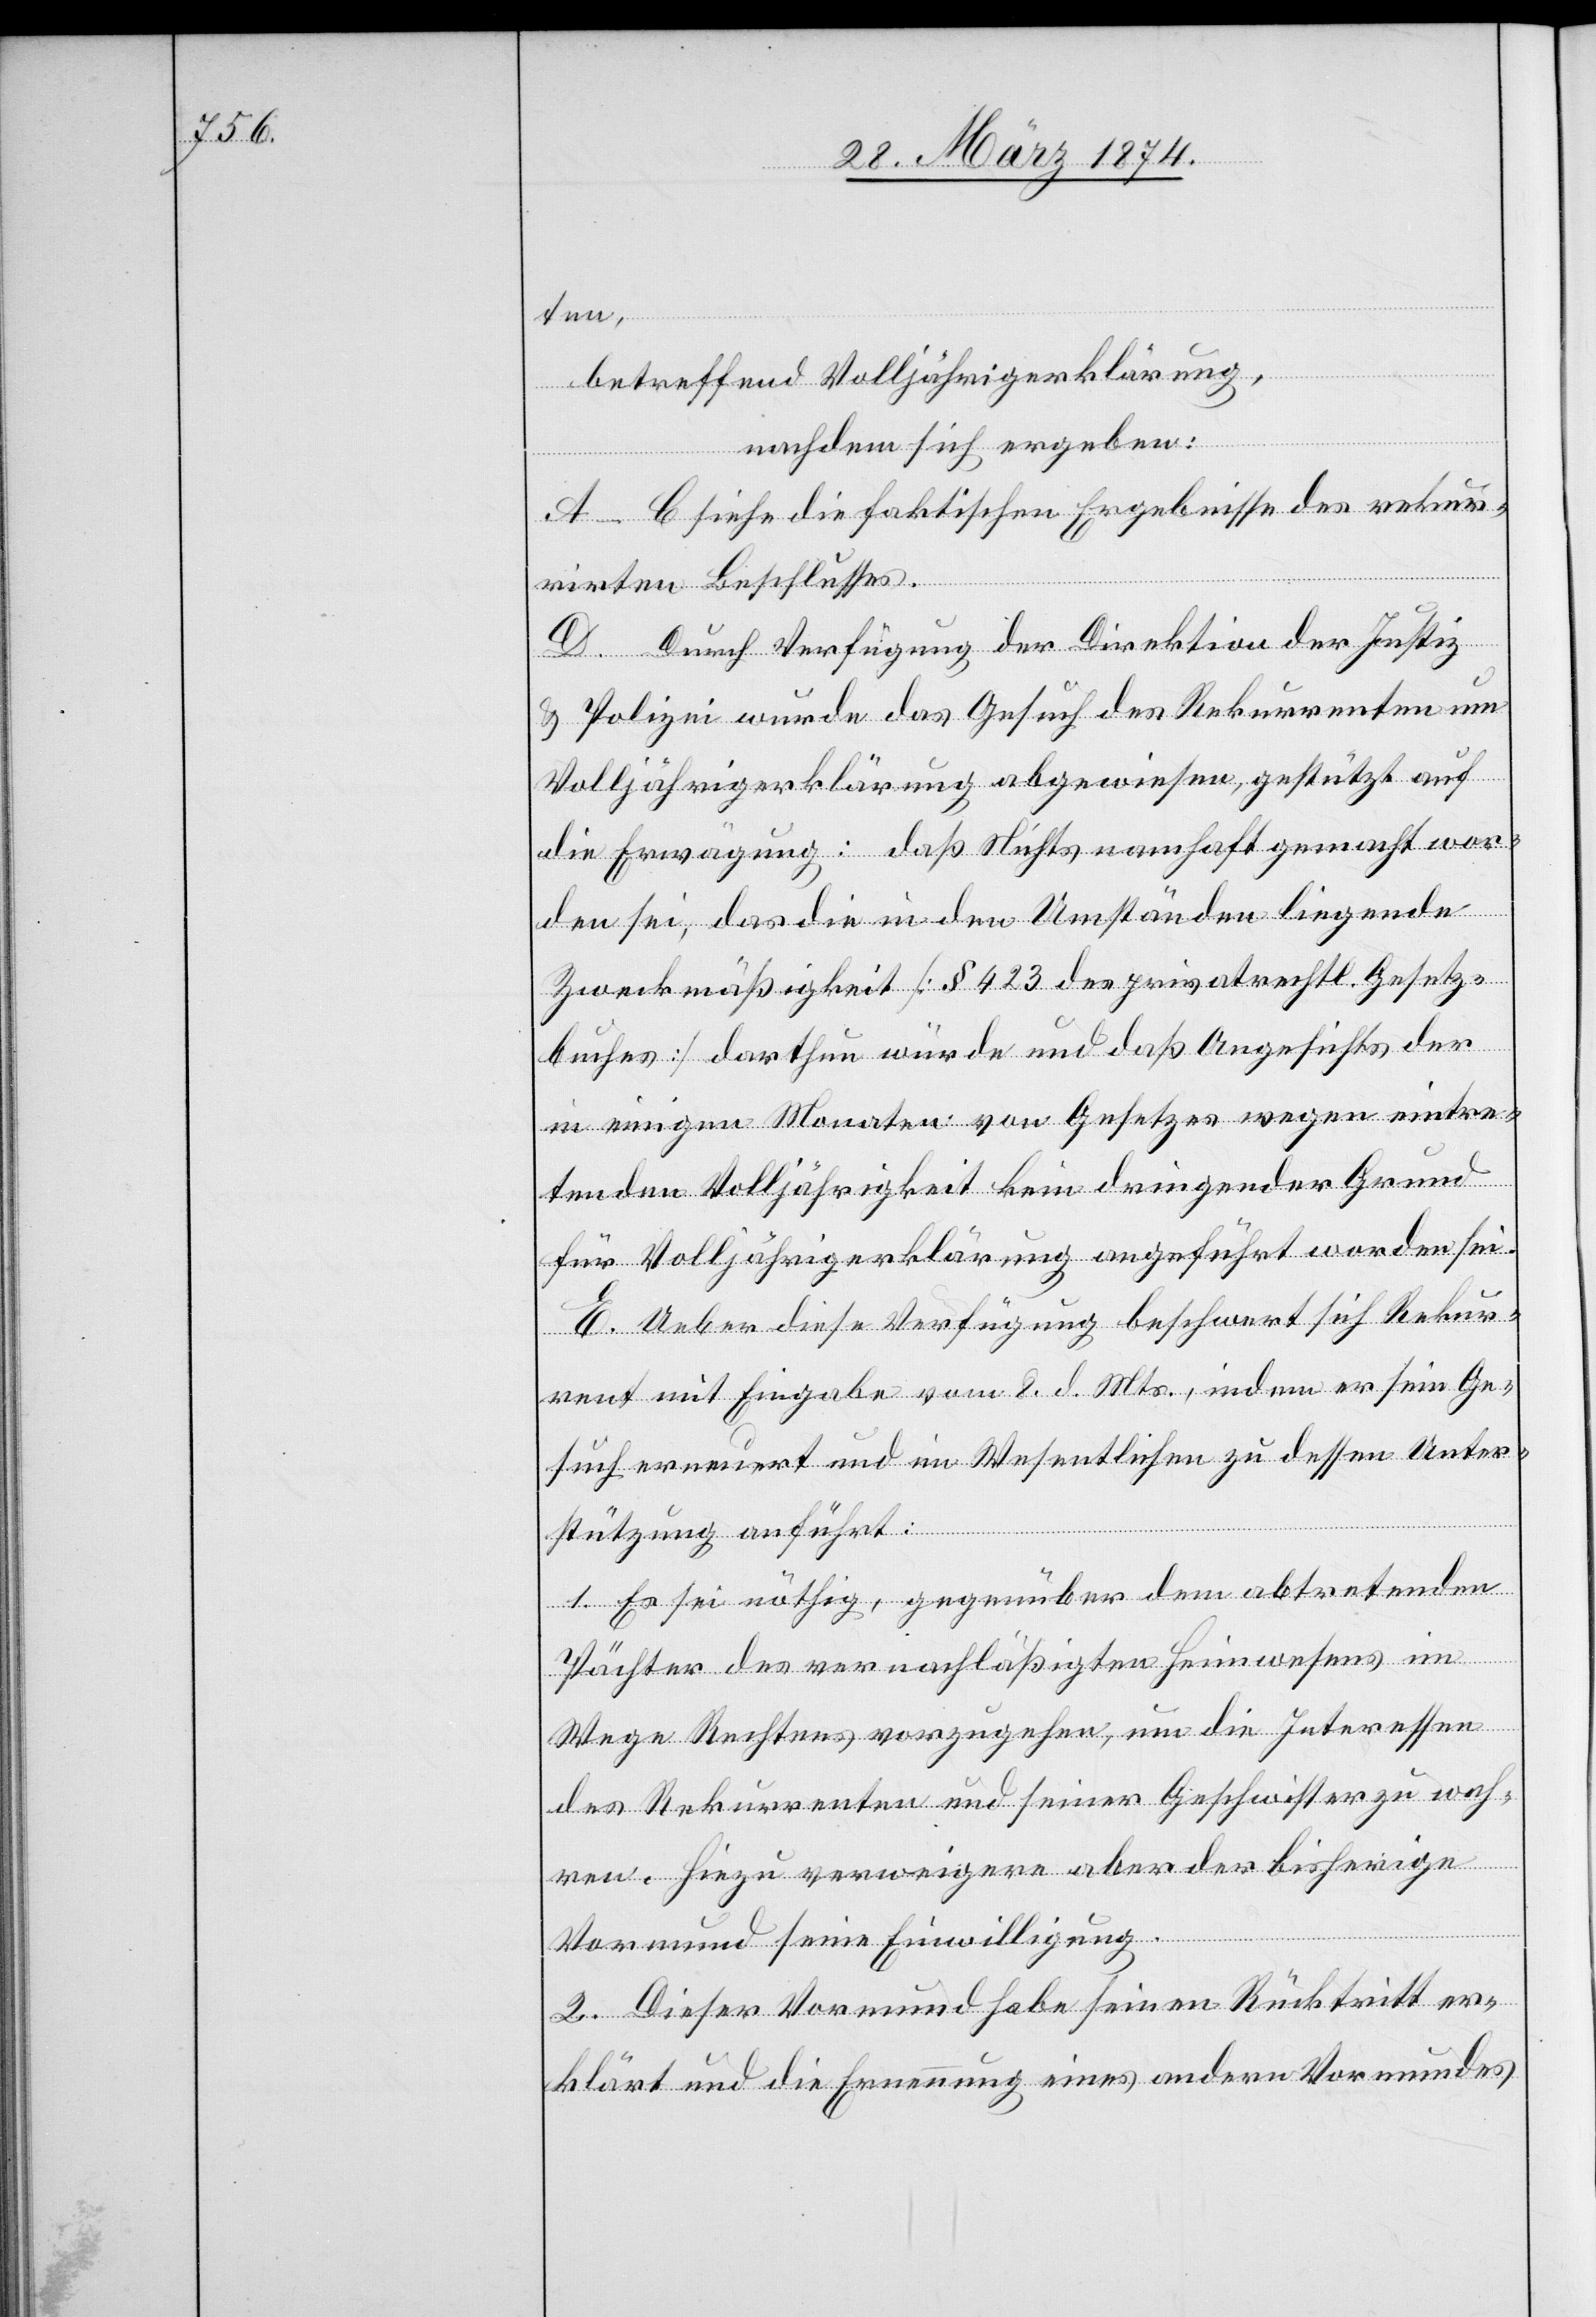
ten,
betreffend Volljährigerklärung,
nachdem sich ergeben:
A–C siehe die faktischen Ergebnisse des rekur¬
rirten Beschlusses.
D. Durch Verfügung der Direktion der Justiz
u. Polizei wurde das Gesuch des Rekurrenten um
Volljährigerklärung abgewiesen, gestützt auf
die Erwägung: daß Nichts nahmhaft gemacht wor¬
den sei, das die in den Umständen liegende
Zweckmäßigkeit [§ 423 des privatrechtl. Gesetz¬
buches] darthun würde und daß Angesichts der
in einigen Monaten von Gesetzes wegen eintre¬
tenden Volljährigkeit kein dringender Grund
für Volljährigerklärung angeführt worden sei.
E. Ueber diese Verfügung beschwert sich Rekur¬
rent mit Eingabe vom 8. d. Mts., indem er sein Ge¬
such erneuert und im Wesentlichen zu dessen Unter¬
stützung anführt:
1. Es sei nöthig, gegenüber dem abtretenden
Pächter des vernachläßigten Heimwesens im
Wege Rechtens vorzugehen, um die Interessen
des Rekurrenten und seiner Geschwister zu wah¬
ren. Hiezu verweigere aber der bisherige
Vormund seine Einwilligung.
2. Dieser Vormund habe seinen Rücktritt er¬
klärt und die Ernennung eines andern Vormundes